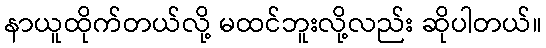
နာယူထိုက်တယ်လို့ မထင်ဘူးလို့လည်း ဆိုပါတယ်။